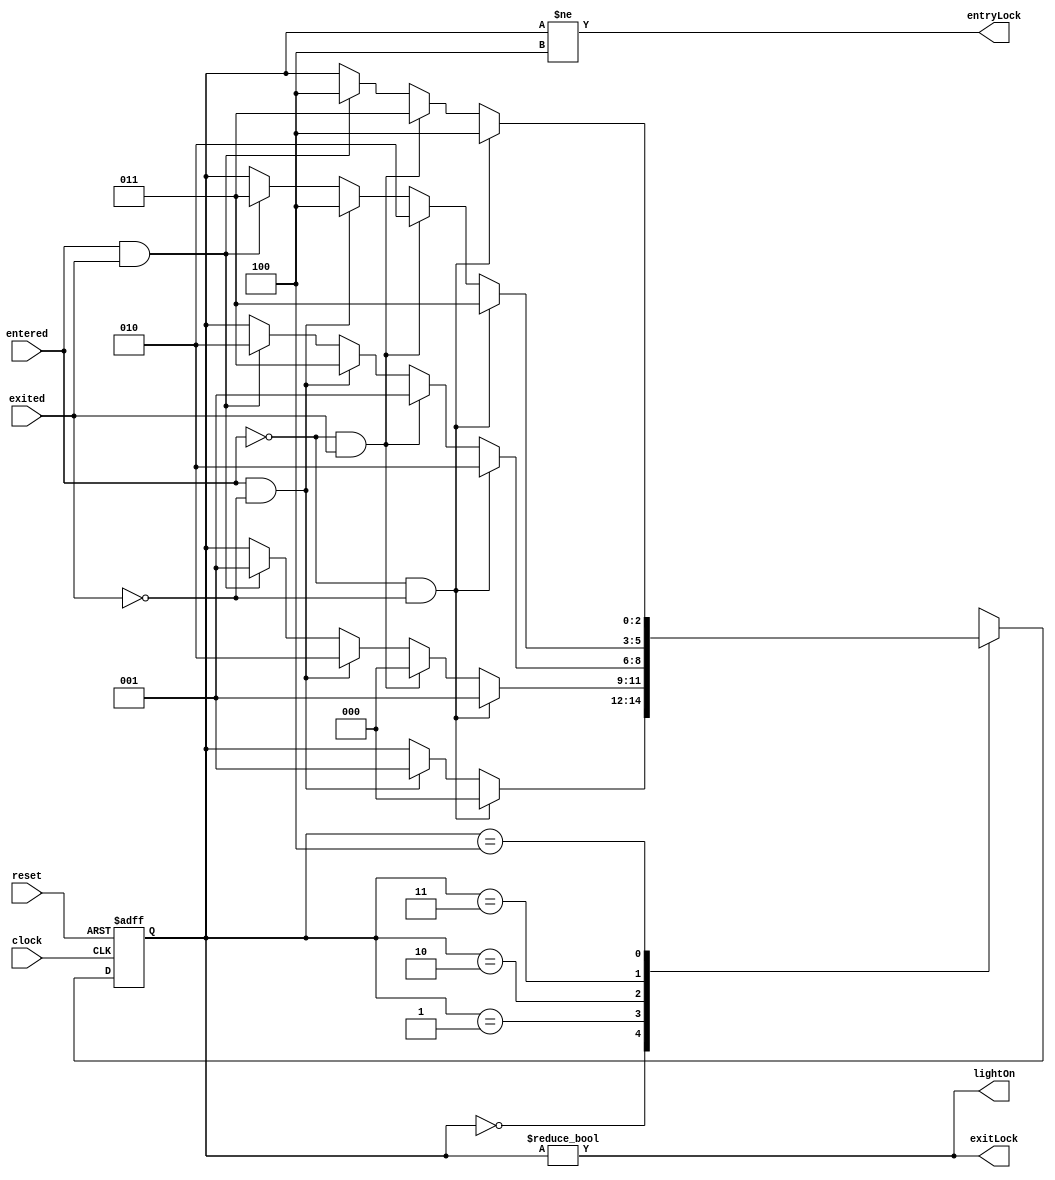
//Christopher Carney
//CMPEN271 Simulation Assignment 5

//The last eight cylces are all 111, it would be expected that
//	the machine would mostly bounce around between the middle states and
//	rarely go to the edge cases.


module entryControl(clock, reset,entered, exited, entryLock, exitLock, lightOn);
	input clock, reset, entered, exited;
	output entryLock, exitLock, lightOn;
	reg [3:1] y;
	parameter [3:1] A=3'b000, B=3'b001, C=3'b010, D=3'b011, E=3'b100;
	
	always @ (posedge reset, posedge clock)
		if(reset == 1) y <= A;
		else
			case(y)
				A:	if(entered == 0 && exited == 0) y<=A;
					else if (entered == 1 && exited == 0) y<=B;
				B: if(entered == 0 && exited == 0) y<=B;
					else if (entered == 0 && exited == 1) y<=A;
					else if (entered == 1 && exited == 0) y<=C;
					else if (entered == 1 && exited == 1) y<=B;
				C: if(entered == 0 && exited == 0) y<=C;
					else if (entered == 0 && exited == 1) y<=B;
					else if (entered == 1 && exited == 0) y<=D;
					else if (entered == 1 && exited == 1) y<=C;				
				D: if(entered == 0 && exited == 0) y<=D;
					else if (entered == 0 && exited == 1) y<=C;
					else if (entered == 1 && exited == 0) y<=E;
					else if (entered == 1 && exited == 1) y<=D;				
				E: if(entered == 0 && exited == 0) y<=E;
					else if (entered == 0 && exited == 1) y<=D;
					else if (entered == 1 && exited == 1) y<=E;	//assumes the person leaves before the next enters								
				default: y <= 3'bxxx;
			endcase
			
	assign entryLock = (y != E);
	assign exitLock = (y != A);
	assign lightOn = (y != A);
	
endmodule
		
module Top(output enL, output exL, output lit);
reg clk;
reg rst;
always
	#1 clk=~clk;
	
initial
	begin
		clk=1'b0;
		rst=1'b1;
		#4
		rst=1'b0;
		#512
		$stop;
	end
	
	reg [3:0] lfsr4;
	always@(posedge clk)
		if(rst)
			lfsr4<=4'b0001;
			else
				begin
					lfsr4[3]<=lfsr4[2];
					lfsr4[2]<=lfsr4[1];
					lfsr4[1]<=lfsr4[0]^lfsr4[3];
					lfsr4[0]<=lfsr4[3];
				end
				
entryControl NQ(clk, rst, (lfsr4[3]|lfsr4[2])&(enL),(lfsr4[1]|lfsr4[0])&lit, enL, exL, lit);
endmodule